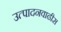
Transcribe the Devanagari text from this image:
उत्पादनवाढीस